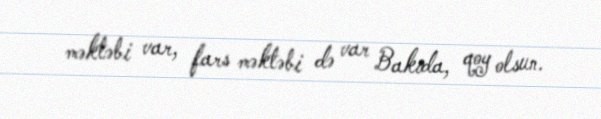
məktəbi var, fars məktəbi də var Bakıda, qoy olsun.